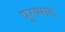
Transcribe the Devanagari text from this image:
पुरप्पाड